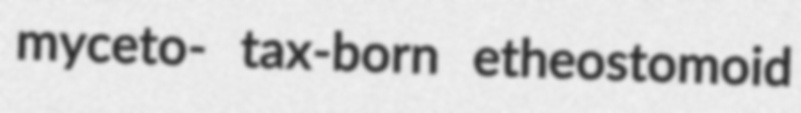
myceto- tax-born etheostomoid